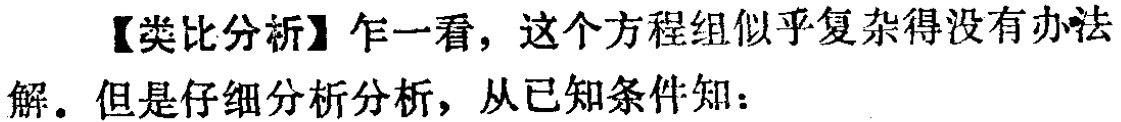
【类比分析】乍一看，这个方程组似乎复杂得没有办法解。但是仔细分析分析，从已知条件知：